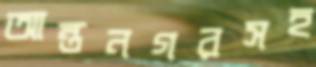
আন্তনগরসহ